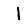
Digit: 1